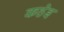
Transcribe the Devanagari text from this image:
कहेइ